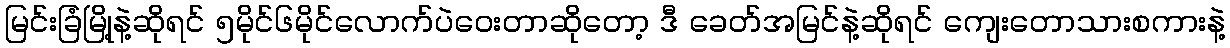
မြင်းခြံမြို့နဲ့ဆိုရင် ၅မိုင်၆မိုင်လောက်ပဲဝေးတာဆိုတော့ ဒီ ခေတ်အမြင်နဲ့ဆိုရင် ကျေးတောသားစကားနဲ့